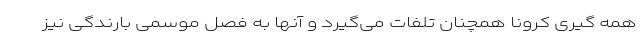
همه گیری کرونا همچنان تلفات می‌گیرد و آنها به فصل موسمی بارندگی نیز